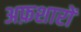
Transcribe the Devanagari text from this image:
अफ़शारों